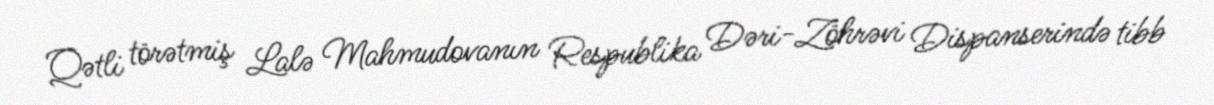
Qətli törətmiş Lalə Mahmudovanın Respublika Dəri-Zöhrəvi Dispanserində tibb